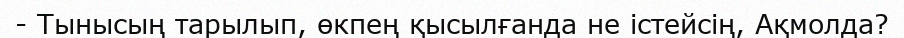
- Тынысың тарылып, өкпең қысылғанда не істейсің, Ақмолда?